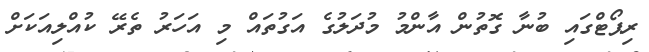
ރިޕޯޓްގައި ބުނާ ގޮތުން އާންމު މުދަލުގެ އަގުތައް މި އަހަރު ތެރޭ ކުއްލިއަކަށް